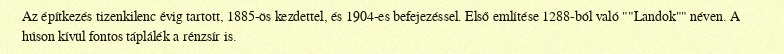
Az építkezés tizenkilenc évig tartott, 1885-ös kezdettel, és 1904-es befejezéssel. Első említése 1288-ból való ""Landok"" néven. A húson kívül fontos táplálék a rénzsír is.